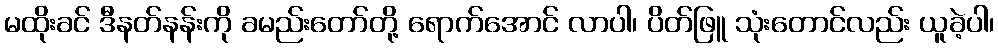
မထိုးခင် ဒီနတ်နန်းကို ခမည်းတော်တို့ ရောက်အောင် လာပါ၊ ပိတ်ဖြူ သုံးတောင်လည်း ယူခဲ့ပါ၊